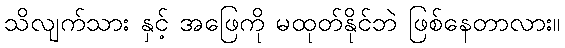
သိလျက်သား နှင့် အဖြေကို မထုတ်နိုင်ဘဲ ဖြစ်နေတာလား။